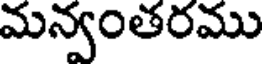
మన్వంతరము